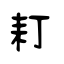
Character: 耓